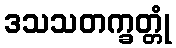
ဒသသတက္ခတ္တုံ